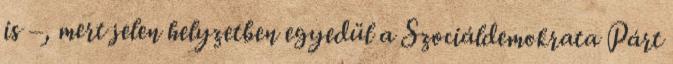
is –, mert jelen helyzetben egyedül a Szociáldemokrata Párt